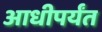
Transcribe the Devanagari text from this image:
आधीपर्यंत